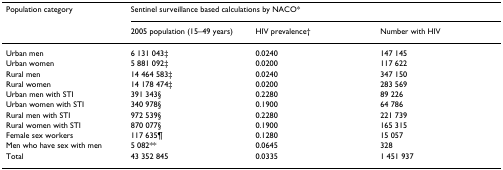
<table><thead><tr><td><b>Population category</b></td><td colspan="3"><b>Sentinel surveillance based calculations by NACO*</b></td></tr><tr><td></td><td><b>2005 population (15–49 years)</b></td><td><b>HIV prevalence†</b></td><td><b>Number with HIV</b></td></tr></thead><tbody><tr><td>Urban men</td><td>6 131 043‡</td><td>0.0240</td><td>147 145</td></tr><tr><td>Urban women</td><td>5 881 092‡</td><td>0.0200</td><td>117 622</td></tr><tr><td>Rural men</td><td>14 464 583‡</td><td>0.0240</td><td>347 150</td></tr><tr><td>Rural women</td><td>14 178 474‡</td><td>0.0200</td><td>283 569</td></tr><tr><td>Urban men with STI</td><td>391 343§</td><td>0.2280</td><td>89 226</td></tr><tr><td>Urban women with STI</td><td>340 978§</td><td>0.1900</td><td>64 786</td></tr><tr><td>Rural men with STI</td><td>972 539§</td><td>0.2280</td><td>221 739</td></tr><tr><td>Rural women with STI</td><td>870 077§</td><td>0.1900</td><td>165 315</td></tr><tr><td>Female sex workers</td><td>117 635¶</td><td>0.1280</td><td>15 057</td></tr><tr><td>Men who have sex with men</td><td>5 082**</td><td>0.0645</td><td>328</td></tr><tr><td>Total</td><td>43 352 845</td><td>0.0335</td><td>1 451 937</td></tr></tbody></table>